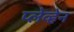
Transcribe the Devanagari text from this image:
प्लेव्हेन